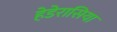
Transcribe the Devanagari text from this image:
हेडेरासिया